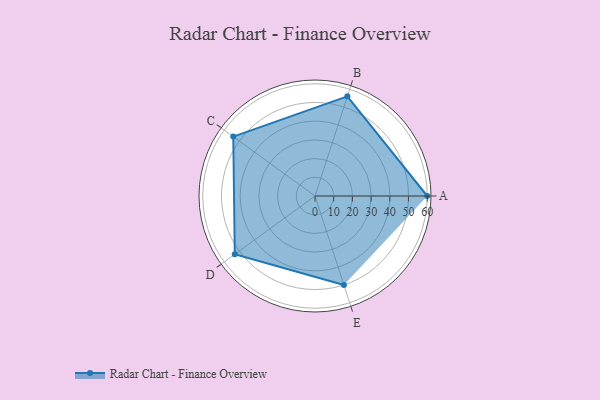
{"axis": {"x": "Skill", "y": "Score"}, "legend": ["Profile"], "data": [{"x": "A", "y": 60.0, "type": "Profile"}, {"x": "B", "y": 56.0, "type": "Profile"}, {"x": "C", "y": 54.0, "type": "Profile"}, {"x": "D", "y": 53.0, "type": "Profile"}, {"x": "E", "y": 50.0, "type": "Profile"}]}